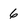
Character: 6